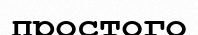
простого